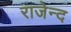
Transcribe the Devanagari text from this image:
राजेन्द